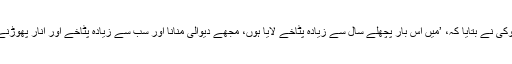
ایک نوجوان للت وکی نے بتایا کہ، ’میں اس بار پچھلے سال سے زیادہ پٹاخے لایا ہوں، مجھے دیوالی منانا اور سب سے زیادہ پٹاخے اور انار پھوڑنے میں مزا آتا ہے۔